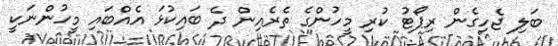
ބަލި ޖެހިގެން ރިޕޯޓު ކުރި މީހުންގެ ތެރެއިން ދެ ބައިކުޅަ އެއްބައި މީހުންނަކީ